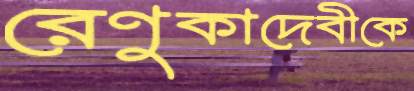
রেণুকাদেবীকে